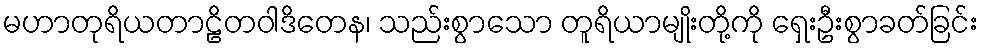
မဟာတုရိယတာဠိတဝါဒိတေန၊ သည်းစွာသော တူရိယာမျိုးတို့ကို ရှေးဦးစွာခတ်ခြင်း